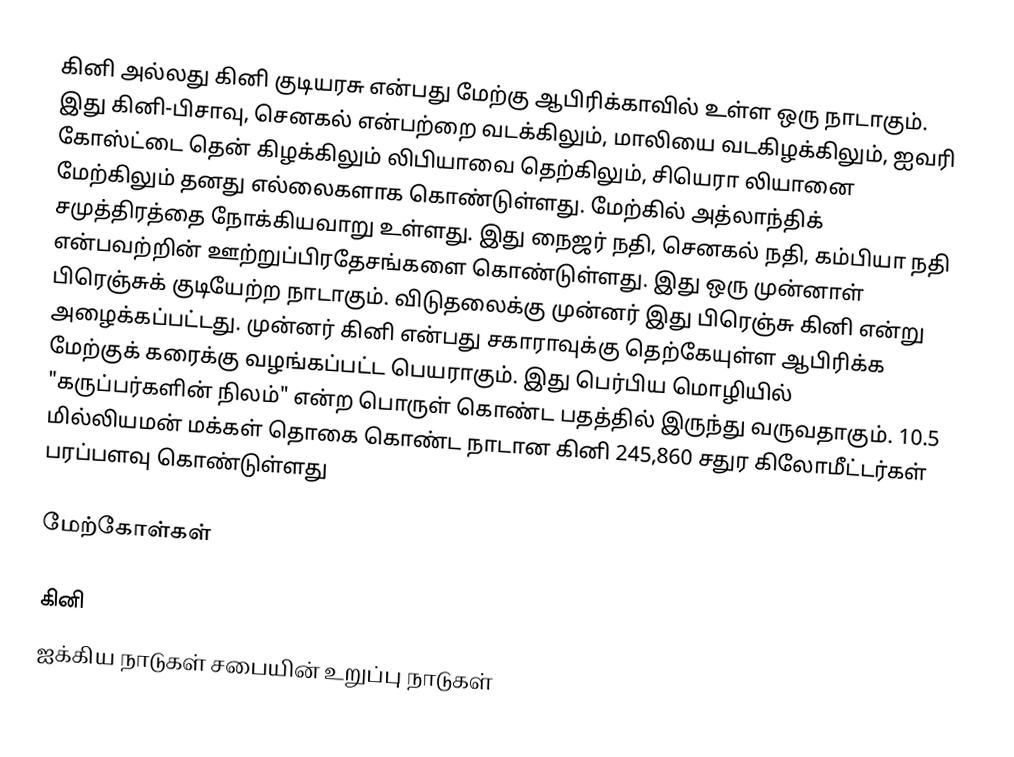
கினி அல்லது கினி குடியரசு என்பது மேற்கு ஆபிரிக்காவில் உள்ள ஒரு நாடாகும். இது கினி-பிசாவு, செனகல் என்பற்றை வடக்கிலும், மாலியை வடகிழக்கிலும், ஐவரி கோஸ்ட்டை தென் கிழக்கிலும் லிபியாவை தெற்கிலும், சியெரா லியானை மேற்கிலும் தனது எல்லைகளாக கொண்டுள்ளது. மேற்கில் அத்லாந்திக் சமுத்திரத்தை நோக்கியவாறு உள்ளது. இது நைஜர் நதி, செனகல் நதி, கம்பியா நதி என்பவற்றின் ஊற்றுப்பிரதேசங்களை கொண்டுள்ளது. இது ஒரு முன்னாள் பிரெஞ்சுக் குடியேற்ற நாடாகும். விடுதலைக்கு முன்னர் இது பிரெஞ்சு கினி என்று அழைக்கப்பட்டது. முன்னர் கினி என்பது சகாராவுக்கு தெற்கேயுள்ள ஆபிரிக்க மேற்குக் கரைக்கு வழங்கப்பட்ட பெயராகும். இது பெர்பிய மொழியில் "கருப்பர்களின் நிலம்" என்ற பொருள் கொண்ட பதத்தில் இருந்து வருவதாகும். 10.5 மில்லியமன் மக்கள் தொகை கொண்ட நாடான கினி 245,860 சதுர கிலோமீட்டர்கள் பரப்பளவு கொண்டுள்ளது

மேற்கோள்கள்

கினி
ஐக்கிய நாடுகள் சபையின் உறுப்பு நாடுகள்